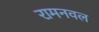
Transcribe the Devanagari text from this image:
रामनवल